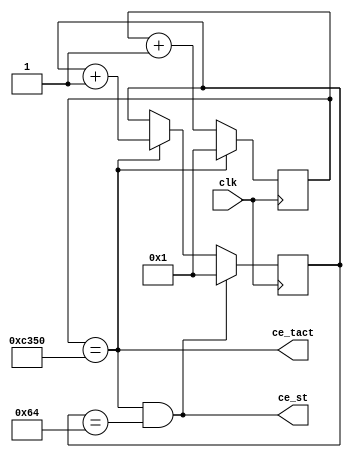
`timescale 1ns / 1ps
//////////////////////////////////////////////////////////////////////////////////
// Company: 
// Engineer: 
// 
// Design Name: 
// Module Name:    Gen_ce_st 
// Project Name: 
// Target Devices: 
// Tool versions: 
// Description: 
//
// Dependencies: 
//
// Revision: 
// Revision 0.01 - File Created
// Additional Comments: 
//
//////////////////////////////////////////////////////////////////////////////////
module Gen_ce_st(input clk,	output ce_tact,
										output ce_st );
    
   
parameter Tclk=20 ;// 20ns    
parameter Tbit = 2000000 ; //2ms
parameter Ttact = Tbit/2 ; //1ms 
parameter Tst = 100000000 ;// 100ms
reg [15:0]cb_tact =0 ;// 
reg [15:0]cb_st =0 ;//  
assign ce_tact = (cb_tact==Ttact/Tclk) ;
assign ce_st = ce_tact & (cb_st==Tst/Ttact) ;

always @ (posedge clk) begin
cb_tact <= (ce_tact)? 1 : cb_tact+1 ; 
cb_st <= (ce_st)? 1 : (ce_tact)? cb_st+1 : cb_st ;
end 
endmodule